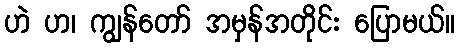
ဟဲ ဟ၊ ကျွန်တော် အမှန်အတိုင်း ပြောမယ်။